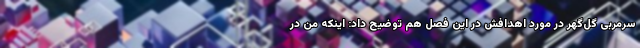
سرمربی گل‌گهر در مورد اهدافش در این فصل هم توضیح داد: اینکه من در